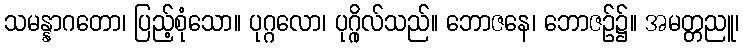
သမန္နာဂတော၊ ပြည့်စုံသော။ ပုဂ္ဂလော၊ ပုဂ္ဂိုလ်သည်။ ဘောဇနေ၊ ဘောဇဉ်၌။ အမတ္တညူ၊